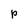
Character: P